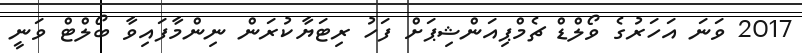
2017 ވަނަ އަހަރުގެ ވޯލްޑް ޗެމްޕިއަންޝިޕަށް ފަހު ރިޓަޔާކުރަން ނިންމާފައިވާ ބޯލްޓް ވަނީ